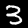
Digit: 3